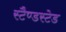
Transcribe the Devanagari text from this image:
स्टैण्डस्टेड